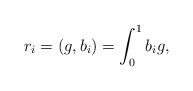
LaTeX: \begin{align*}r_{i}=(g,b_{i})=\int_{0}^{1}{b_{i}g}, \end{align*}